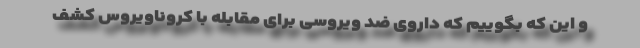
و این که بگوییم که داروی ضد ویروسی برای مقابله با کروناویروس کشف